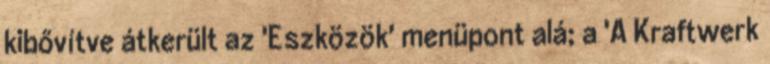
kibővítve átkerült az 'Eszközök' menüpont alá; a 'A Kraftwerk